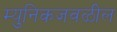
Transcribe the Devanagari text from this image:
म्युनिकजवळील